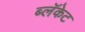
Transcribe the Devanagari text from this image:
ब्लॅकेट